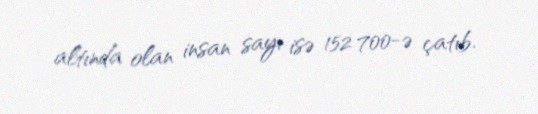
altında olan insan sayı isə 152 700-ə çatıb.